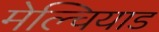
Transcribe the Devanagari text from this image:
मेल्चियाड